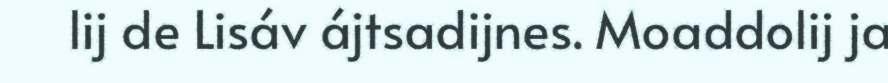
lij de Lisáv ájtsadijnes. Moaddolij ja